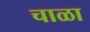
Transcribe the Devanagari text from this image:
चाळा